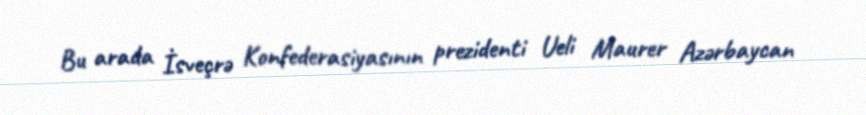
Bu arada İsveçrə Konfederasiyasının prezidenti Ueli Maurer Azərbaycan